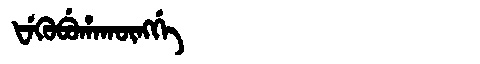
Manchu: ᡶᡝᡴᡠᠪᡠᡥᠠᡴᡡᠩᡤᡝ
Romanization: FEKUBUHAKŪNGGE